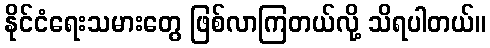
နိုင်ငံရေးသမားတွေ ဖြစ်လာကြတယ်လို့ သိရပါတယ်။